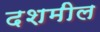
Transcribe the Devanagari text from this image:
दशमील